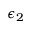
\epsilon _ { 2 }